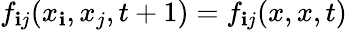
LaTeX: f_{\mathbf{i}j}(x_{\mathbf{i}},x_{j},t+1)=f_{\mathbf{i}j}(x,x,t)